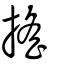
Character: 㨱